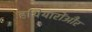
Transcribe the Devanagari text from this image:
हथियारोंऔर